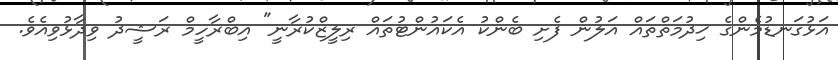
އަޅުގަނޑުމެންގެ ޚިދުމަތްތައް އަލުން ފެށި ބެންކު އެކައުންޓުތައް ރިލީޒްކުރާނީ" އިބްރާހީމް ރަޝީދު ވިދާޅުވިއެވެ.